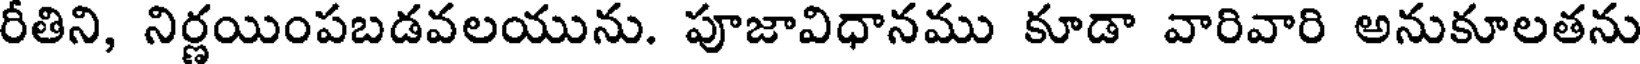
రీతిని, నిర్ణయింపబడవలయును. పూజావిధానము కూడా వారివారి అనుకూలతను